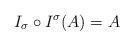
LaTeX: \begin{align*} I_\sigma \circ I^\sigma(A)=A\end{align*}